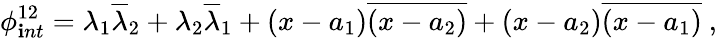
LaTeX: \phi_{\mathbf{i}nt}^{12}=\lambda_{1}\overline{{{{\lambda}}}}_{2}+\lambda_{2}\overline{{{{\lambda}}}}_{1}+\left(x-a_{1}\right)\overline{{{{\left(x-a_{2}\right)}}}}+\left(x-a_{2}\right)\overline{{{{\left(x-a_{1}\right)}}}}\ ,